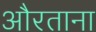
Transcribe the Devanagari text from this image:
औरताना